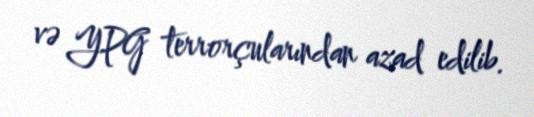
və YPG terrorçularından azad edilib.